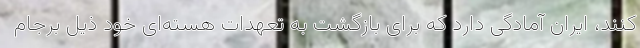
کنند، ایران آمادگی دارد که برای بازگشت به تعهدات هسته‌ای خود ذیل برجام